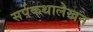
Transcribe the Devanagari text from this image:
सर्पकथालेखन